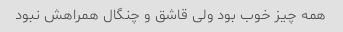
همه چیز خوب بود ولی قاشق و چنگال همراهش نبود